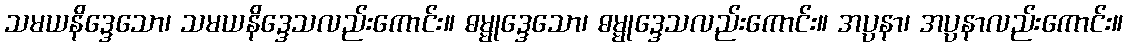
သမယနိဒ္ဒေသော၊ သမယနိဒ္ဒေသလည်းကောင်း။ ဓမ္မုဒ္ဒေသော၊ ဓမ္မုဒ္ဒေသလည်းကောင်း။ အပ္ပနာ၊ အပ္ပနာလည်းကောင်း။